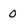
Character: O